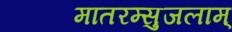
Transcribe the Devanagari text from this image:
मातरम्सुजलाम्